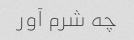
چه شرم آور